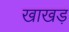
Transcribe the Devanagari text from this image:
खाखड़